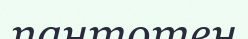
пантотен